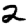
Digit: 2